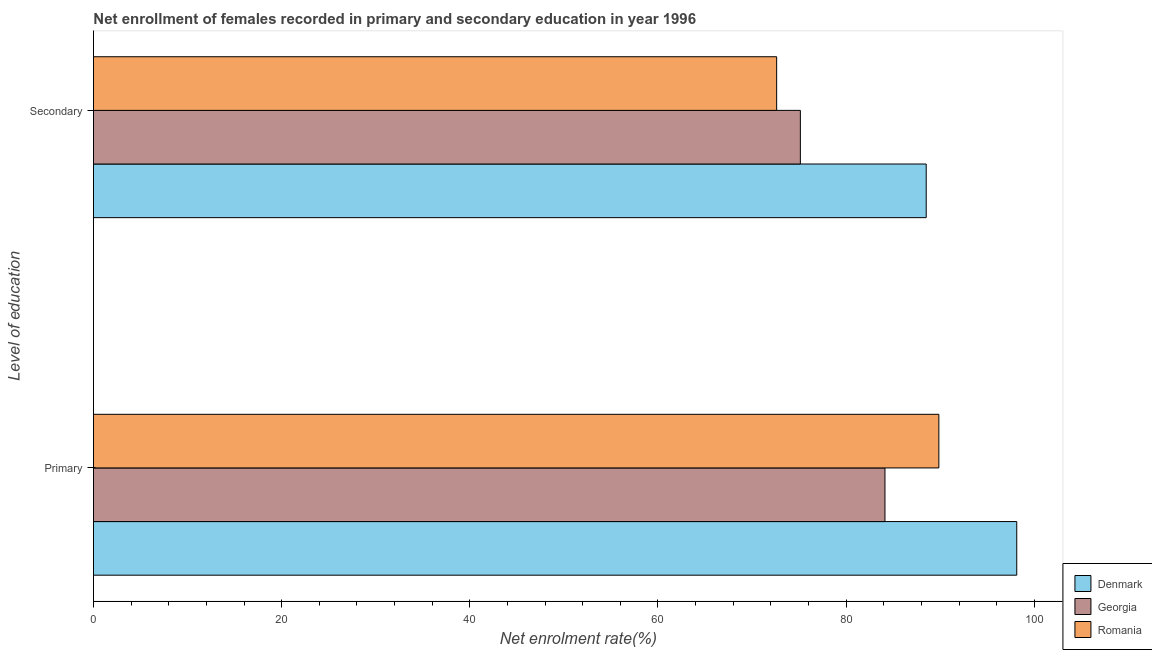
| Level of education | Denmark | Georgia | Romania |
 | --- | --- | --- | --- |
 | Primary | 98.1 | 84.1 | 89.9 |
 | Secondary | 88.5 | 75.1 | 72.6 |